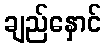
ချည်နှောင်